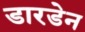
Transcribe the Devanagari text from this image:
डारडेन